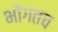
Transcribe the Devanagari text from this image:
भोगतच